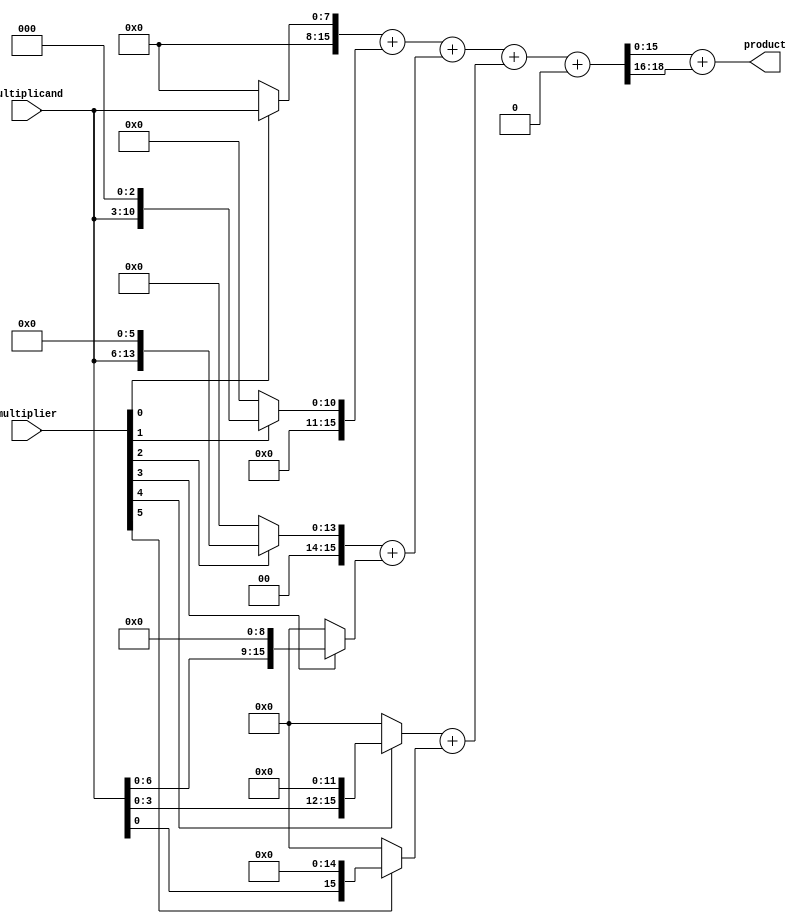
module HigherRadixWallaceTreeMultiplier(
    input [7:0] multiplicand,  // 8-bit multiplicand
    input [7:0] multiplier,     // 8-bit multiplier
    output reg [15:0] product   // 16-bit product
);

    // Partial products
    wire [15:0] pp[0:7]; // 8 partial products

    // Generate partial products (for Radix-8)
    genvar i;
    generate
        for (i = 0; i < 8; i = i + 1) begin
            assign pp[i] = (multiplier[i]) ? (multiplicand << (i*3)) : 16'b0;
            // Note: Change the shift value for Radix-16 multiplier (x << (i*4))
        end
    endgenerate

    // Wallace Tree Reduction Logic
    wire [15:0] stage1_sums[0:4]; // First reduction stage (5 partial products)
    wire [15:0] stage1_carries[0:4];

    // First stage addition using Wallace tree logic (using half adders and full adders)
    // Here we would have to create a custom adder logic for combining these partial products

    // Example of how to handle the combination of partial products (partial implementation)
    assign {stage1_carries[0], stage1_sums[0]} = pp[0] + pp[1];  // Add first two partial products
    assign {stage1_carries[1], stage1_sums[1]} = pp[2] + pp[3];  // Add next two, and so on...
    assign {stage1_carries[2], stage1_sums[2]} = pp[4] + pp[5]; 
    assign {stage1_carries[3], stage1_sums[3]} = pp[6] + pp[7];

    // Combine the next stage of reductions
    // This assumes we implement a simple Wallace tree reduction in stages
    wire [15:0] stage2_sum;
    wire [15:0] stage2_carry;

    assign {stage2_carry, stage2_sum} = stage1_sums[0] + stage1_sums[1] + stage1_sums[2] + stage1_sums[3];

    // Final addition to produce product
    always @(*) begin
        product = stage2_sum + stage2_carry; // Combination of the last remaining sums
    end

endmodule